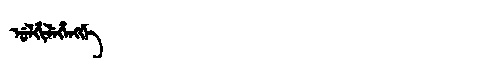
Manchu: ᡠᠯᡥᡳᠯᡝᡥᡝᠩᡤᡝ
Romanization: ULHILEHENGGE